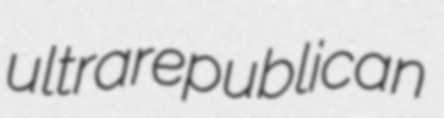
ultrarepublican